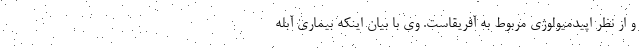
و از نظر اپیدمیولوژی مربوط به آفریقاست. وی با بیان اینکه بیماری آبله